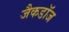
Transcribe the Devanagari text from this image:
जैकडॉज